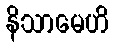
နိသာမေဟိ